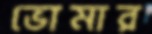
ভোমার